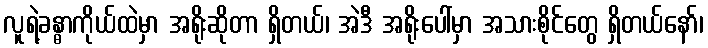
လူရဲ့ခန္ဓာကိုယ်ထဲမှာ အရိုးဆိုတာ ရှိတယ်၊ အဲဒီ အရိုးပေါ်မှာ အသားစိုင်တွေ ရှိတယ်နော်၊